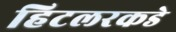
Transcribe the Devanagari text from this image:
हिटलरकडे